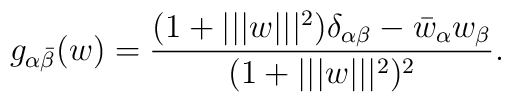
g_{\alpha\bar \beta}(w)  = {(1+|||w|||^2)\delta_{\alpha\beta} - \bar w_\alpha w_\beta \over (1+|||w|||^2)^2} .